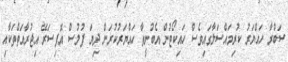
ސަބްރާ ހައްޔަރު ކުރިމައްސަލާގައިވެސް ހައިކޯޓުން އެބުނީތާ ހައްޔަރުކުރަން ދިޔަ ފުލުސް އޮފިސަރޭ އިޖުރާއަތްތަކާއި